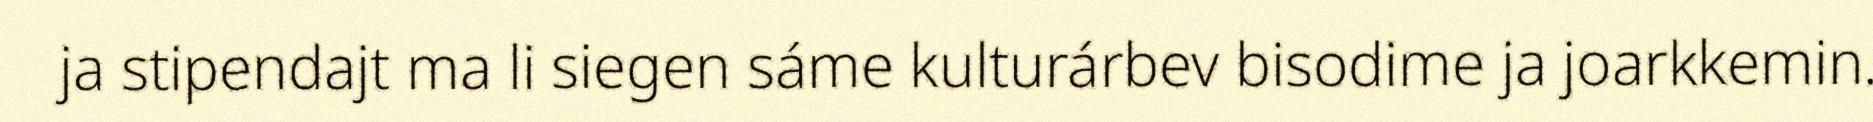
ja stipendajt ma li siegen sáme kulturárbev bisodime ja joarkkemin.